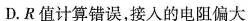
D.R值计算错误，接入的电阻偏大(4)要达到预期目的，无论测得的内阻值是否正确，都不必重新测量，只需要将阻值为R的电阻换为一个阻值为kR的电阻即可，其中k=___。